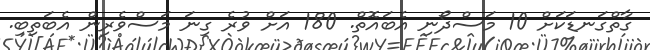
ގާތްގަނޑަކަށް 10 މަސްދޯނި އެބައޮތް. 180 އަށް ވުރެ ގިނަ މަސްވެރިން އެބަތިބި.